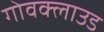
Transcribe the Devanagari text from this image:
गोवक्लाउड